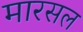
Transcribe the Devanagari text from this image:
मारसल